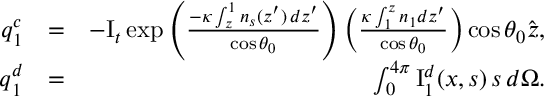
\begin{array} { r l r } { { \ensuremath { \boldsymbol } q } _ { 1 } ^ { c } } & { = } & { - \mathrm { I } _ { t } \exp \left( \frac { - \kappa \int _ { z } ^ { 1 } n _ { s } ( z ^ { \prime } ) \, d z ^ { \prime } } { \cos { \theta _ { 0 } } } \right) \left( \frac { \kappa \int _ { 1 } ^ { z } n _ { 1 } d z ^ { \prime } } { \cos { \theta _ { 0 } } } \right) \cos { \theta _ { 0 } } \hat { \ensuremath { \boldsymbol } z } , } \\ { { \ensuremath { \boldsymbol } q } _ { 1 } ^ { d } } & { = } & { \int _ { 0 } ^ { 4 \pi } \mathrm { I } _ { 1 } ^ { d } ( { \ensuremath { \boldsymbol } x } , { \ensuremath { \boldsymbol } s } ) \, { \ensuremath { \boldsymbol } s } \, d \Omega . } \end{array}